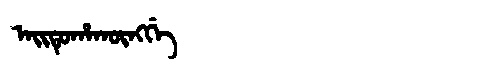
Manchu: ᠠᡳᡨᡠᡥᠠᡴᡡᠩᡤᡝ
Romanization: AITUHAKŪNGGE